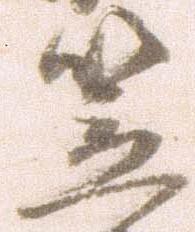
笠